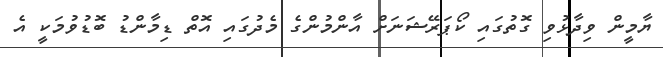
ޔާމީން ވިދާޅުވި ގޮތުގައި ކޯޕަރޭޝަނަށް އާންމުންގެ މެދުގައި އޮތް ޑިމާންޑު ބޮޑުވުމަކީ އެ